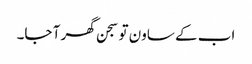
اب کے ساون تو سجن گھر آ جا۔